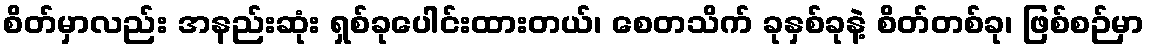
စိတ်မှာလည်း အနည်းဆုံး ရှစ်ခုပေါင်းထားတယ်၊ စေတသိက် ခုနှစ်ခုနဲ့ စိတ်တစ်ခု၊ ဖြစ်စဉ်မှာ